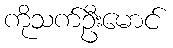
ကိုသက်ဦးမောင်